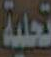
تحلية